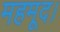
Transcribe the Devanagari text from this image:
महमूद।